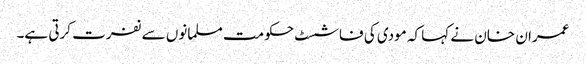
عمران خان نے کہا کہ مودی کی فاشسٹ حکومت مسلمانوں سے نفرت کرتی ہے۔